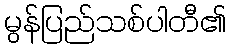
မွန်ပြည်သစ်ပါတီ၏